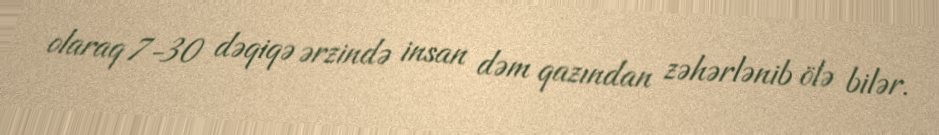
olaraq 7-30 dəqiqə ərzində insan dəm qazından zəhərlənib ölə bilər.